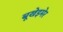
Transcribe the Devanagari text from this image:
बूखेइमेर